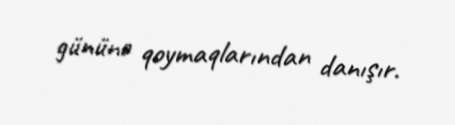
gününə qoymaqlarından danışır.